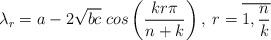
LaTeX: \begin{align*}\lambda_r=a-2\sqrt{bc}\;cos\left(\frac{kr\pi}{n+k} \right), \; r=\overline{1,\frac{n}{k}} \end{align*}